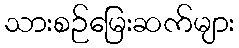
သားစဉ်မြေးဆက်များ